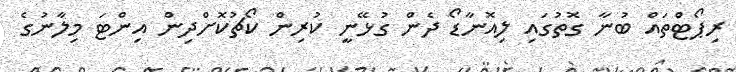
ރިޕޯޓްތައް ބުނާ ގޮތުގައި ލިއޮނާޑޯ ދެން ގުޅޭނީ ކުރިން ކޯޗުކޮށްދިން އިންޓަ މިލާނުގެ